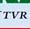
tvr